Problem: 9 + 44 = ?
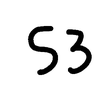
Handwritten answer: 53